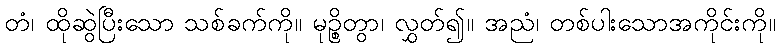
တံ၊ ထိုဆွဲပြီးသော သစ်ခက်ကို။ မုဉ္စိတွာ၊ လွှတ်၍။ အညံ၊ တစ်ပါးသောအကိုင်းကို။